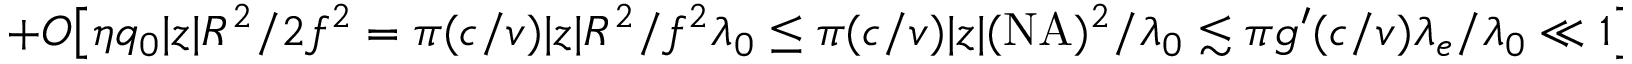
+ O \big [ \eta q _ { 0 } | z | R ^ { 2 } / 2 f ^ { 2 } = \pi ( c / v ) | z | R ^ { 2 } / f ^ { 2 } \lambda _ { 0 } \le \pi ( c / v ) | z | ( \mathrm { N A } ) ^ { 2 } / \lambda _ { 0 } \lesssim \pi g ^ { \prime } ( c / v ) \lambda _ { e } / \lambda _ { 0 } \ll 1 \big ]